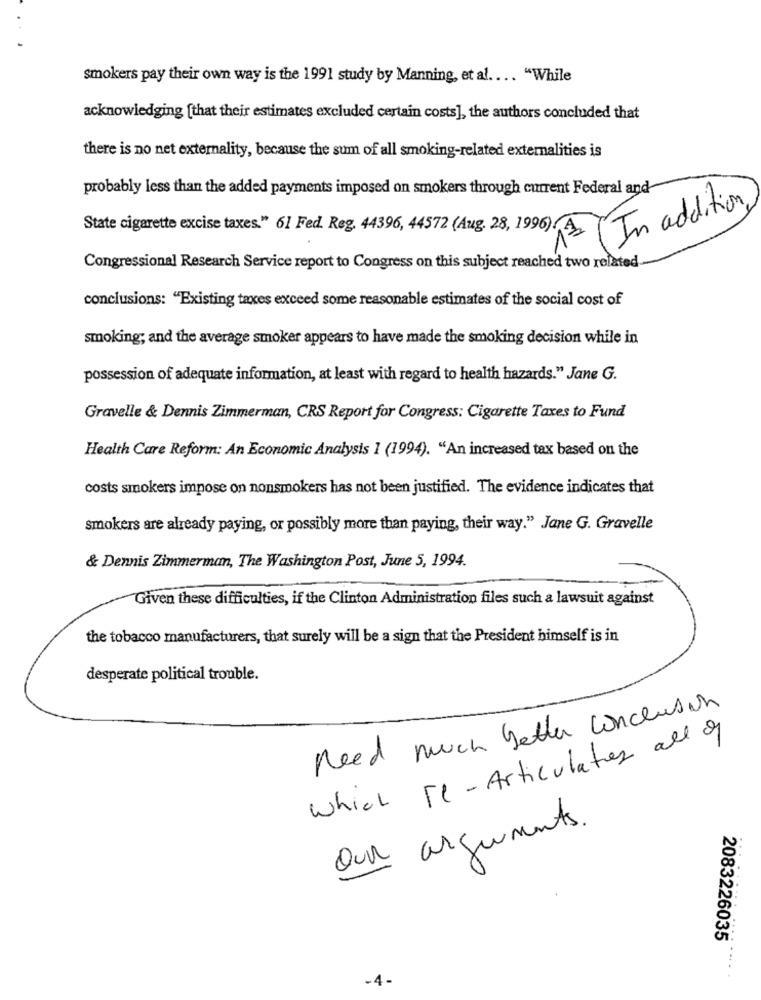
smokers pay their own way is the 1991 study by Manning, et al .... "While
acknowledging [that their estimates excluded certain costs], the authors concluded that
there is no net externality, because the sum of all smoking-related externalities is
probably less than the added payments imposed on smokers through current Federal and
In addition
State cigarette excise taxes." 61 Fed. Reg. 44396, 44572 (Aug. 28, 1996). A.
Congressional Research Service report to Congress on this subject reached two related
conclusions: "Existing taxes exceed some reasonable estimates of the social cost of
smoking; and the average smoker appears to have made the smoking decision while in
possession of adequate information, at least with regard to health hazards." Jane G.
Gravelle & Dennis Zimmerman, CRS Report for Congress: Cigarette Taxes to Fund
Health Care Reform: An Economic Analysis 1 (1994). "An increased tax based on the
costs smokers impose on nonsmokers has not been justified. The evidence indicates that
smokers are already paying, or possibly more than paying, their way." Jane G. Gravelle
& Dennis Zimmerman, The Washington Post, June 5, 1994.
Given these difficulties, if the Clinton Administration files such a lawsuit against
the tobacco manufacturers, that surely will be a sign that the President himself is in
desperate political trouble.
Need much better conclusion
Which re- Articulates all of
Our arguments.
2083226035
-4-